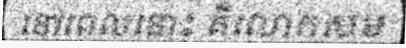
នៅពេលនោះ គឺលោកសម